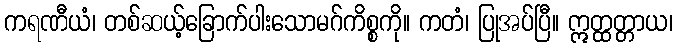
ကရဏီယံ၊ တစ်ဆယ့်ခြောက်ပါးသောမဂ်ကိစ္စကို။ ကတံ၊ ပြုအပ်ပြီ။ ဣတ္ထတ္တာယ၊